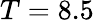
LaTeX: T=8.5